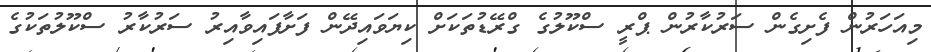
މިއަހަރުން ފެށިގެން ސަރުކާރުން ޕްރީ ސްކޫލުގެ ގްރޭޑުތަކަށް ކިޔަވައިދޭން ފަށާފައިވާއިރު ސަރުކާރު ސްކޫލުތަކުގެ